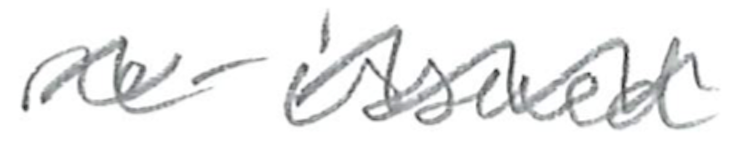
Text: re-issued
Cross-out: wave
Writing tool: pencil